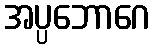
အပ္ပဘောဂေ